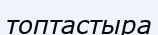
топтастыра